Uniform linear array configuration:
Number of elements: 48
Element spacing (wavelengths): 0.75
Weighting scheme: hamming
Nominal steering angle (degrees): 15
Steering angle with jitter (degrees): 14.75
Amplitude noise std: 0.05
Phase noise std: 0.05

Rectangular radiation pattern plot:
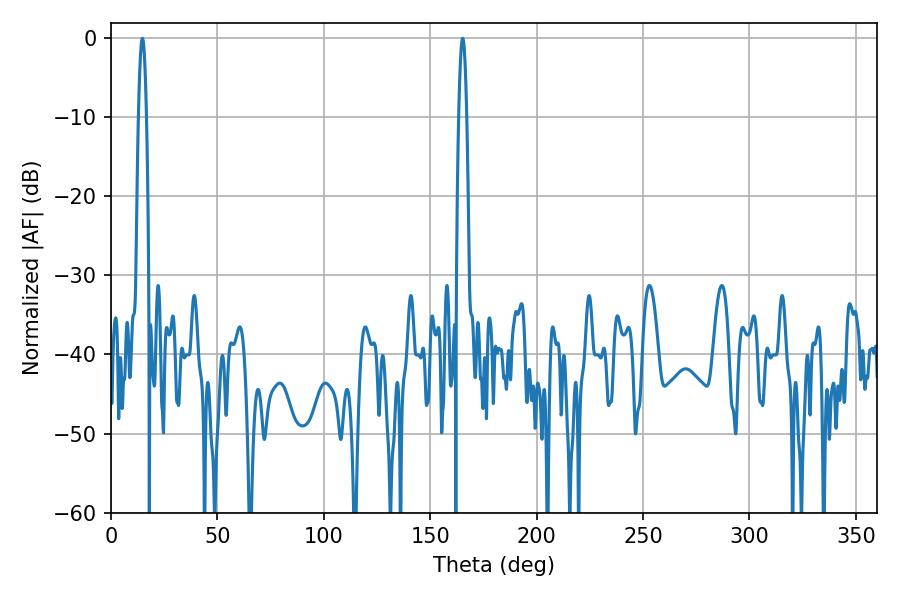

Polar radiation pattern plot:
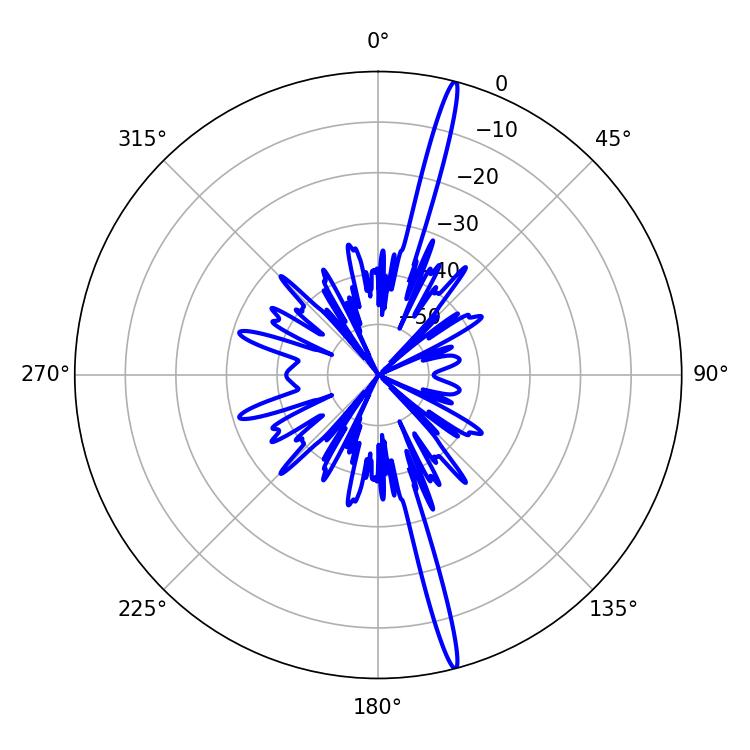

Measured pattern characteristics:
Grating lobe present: TRUE
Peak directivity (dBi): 19.992
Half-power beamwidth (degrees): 1.98
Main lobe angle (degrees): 14.76